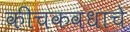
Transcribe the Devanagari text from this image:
कीचकवधाचे